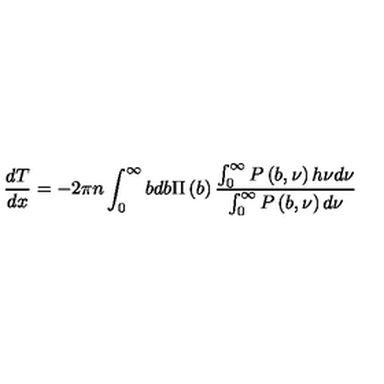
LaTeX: \frac { d T } { d x } = - 2 \pi n \int _ { 0 } ^ { \infty } { b d b } \Pi \left( b \right) \frac { \int _ { 0 } ^ { \infty } { P \left( { b , \nu } \right) h \nu d \nu } } { \int _ { 0 } ^ { \infty } { P \left( { b , \nu } \right) d \nu } }